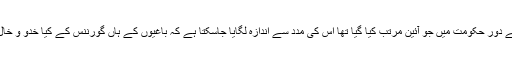
لیکن طالبان کے دور حکومت میں جو آئین مرتب کیا گیا تھا اس کی مدد سے اندازہ لگایا جاسکتا ہے کہ باغیوں کے ہاں گورننس کے کیا خدو و خال ہوسکتے ہیں۔